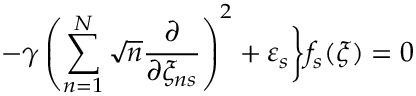
- \gamma \left( \sum _ { n = 1 } ^ { N } \sqrt { n } \frac \partial { \partial \xi _ { n s } } \right) ^ { 2 } + \varepsilon _ { s } \biggr \} f _ { s } ( \xi ) = 0